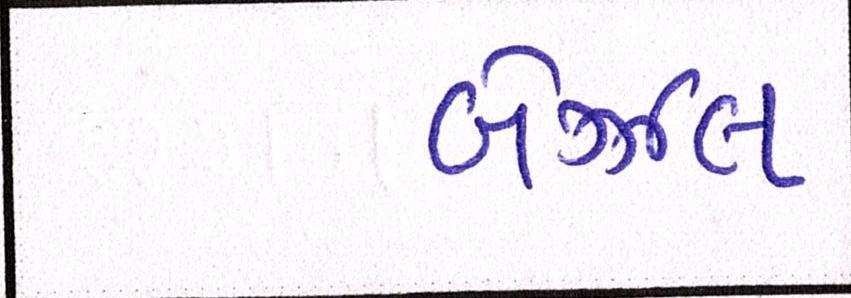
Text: બેઝલ